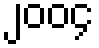
၂၀၀၄